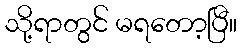
သို့ရာတွင် မရတော့ပြီ။